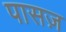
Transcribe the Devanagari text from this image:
पासज़